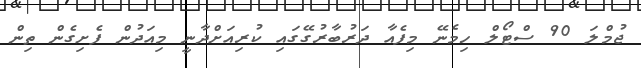
ޖުމްލަ 90 ސްޓޯލް ހިމެނޭ މިފެއާ ދަރުބާރުގޭގައި ކުރިއަށްދާނީ މިއަދުން ފެށިގެން ތިން